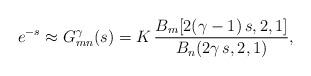
LaTeX: \begin{align*} e^{-s} \approx G_{mn}^{\gamma}(s) &= K \, \frac{B_m[2(\gamma -1) \,s, 2, 1]}{B_n(2\gamma \,s, 2, 1)}, \end{align*}